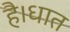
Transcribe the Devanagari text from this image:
है।धात